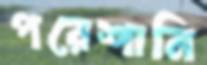
পরেশানি